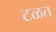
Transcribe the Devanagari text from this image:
टळत